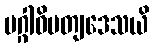
မဂ္ဂါဓိပတျဒေသယိ